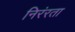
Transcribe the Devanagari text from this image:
निरंरता